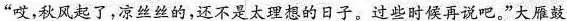
”哎，秋风起了，凉丝丝的，还不是太理想的日子。过些时候再说吧。”大雁鼓